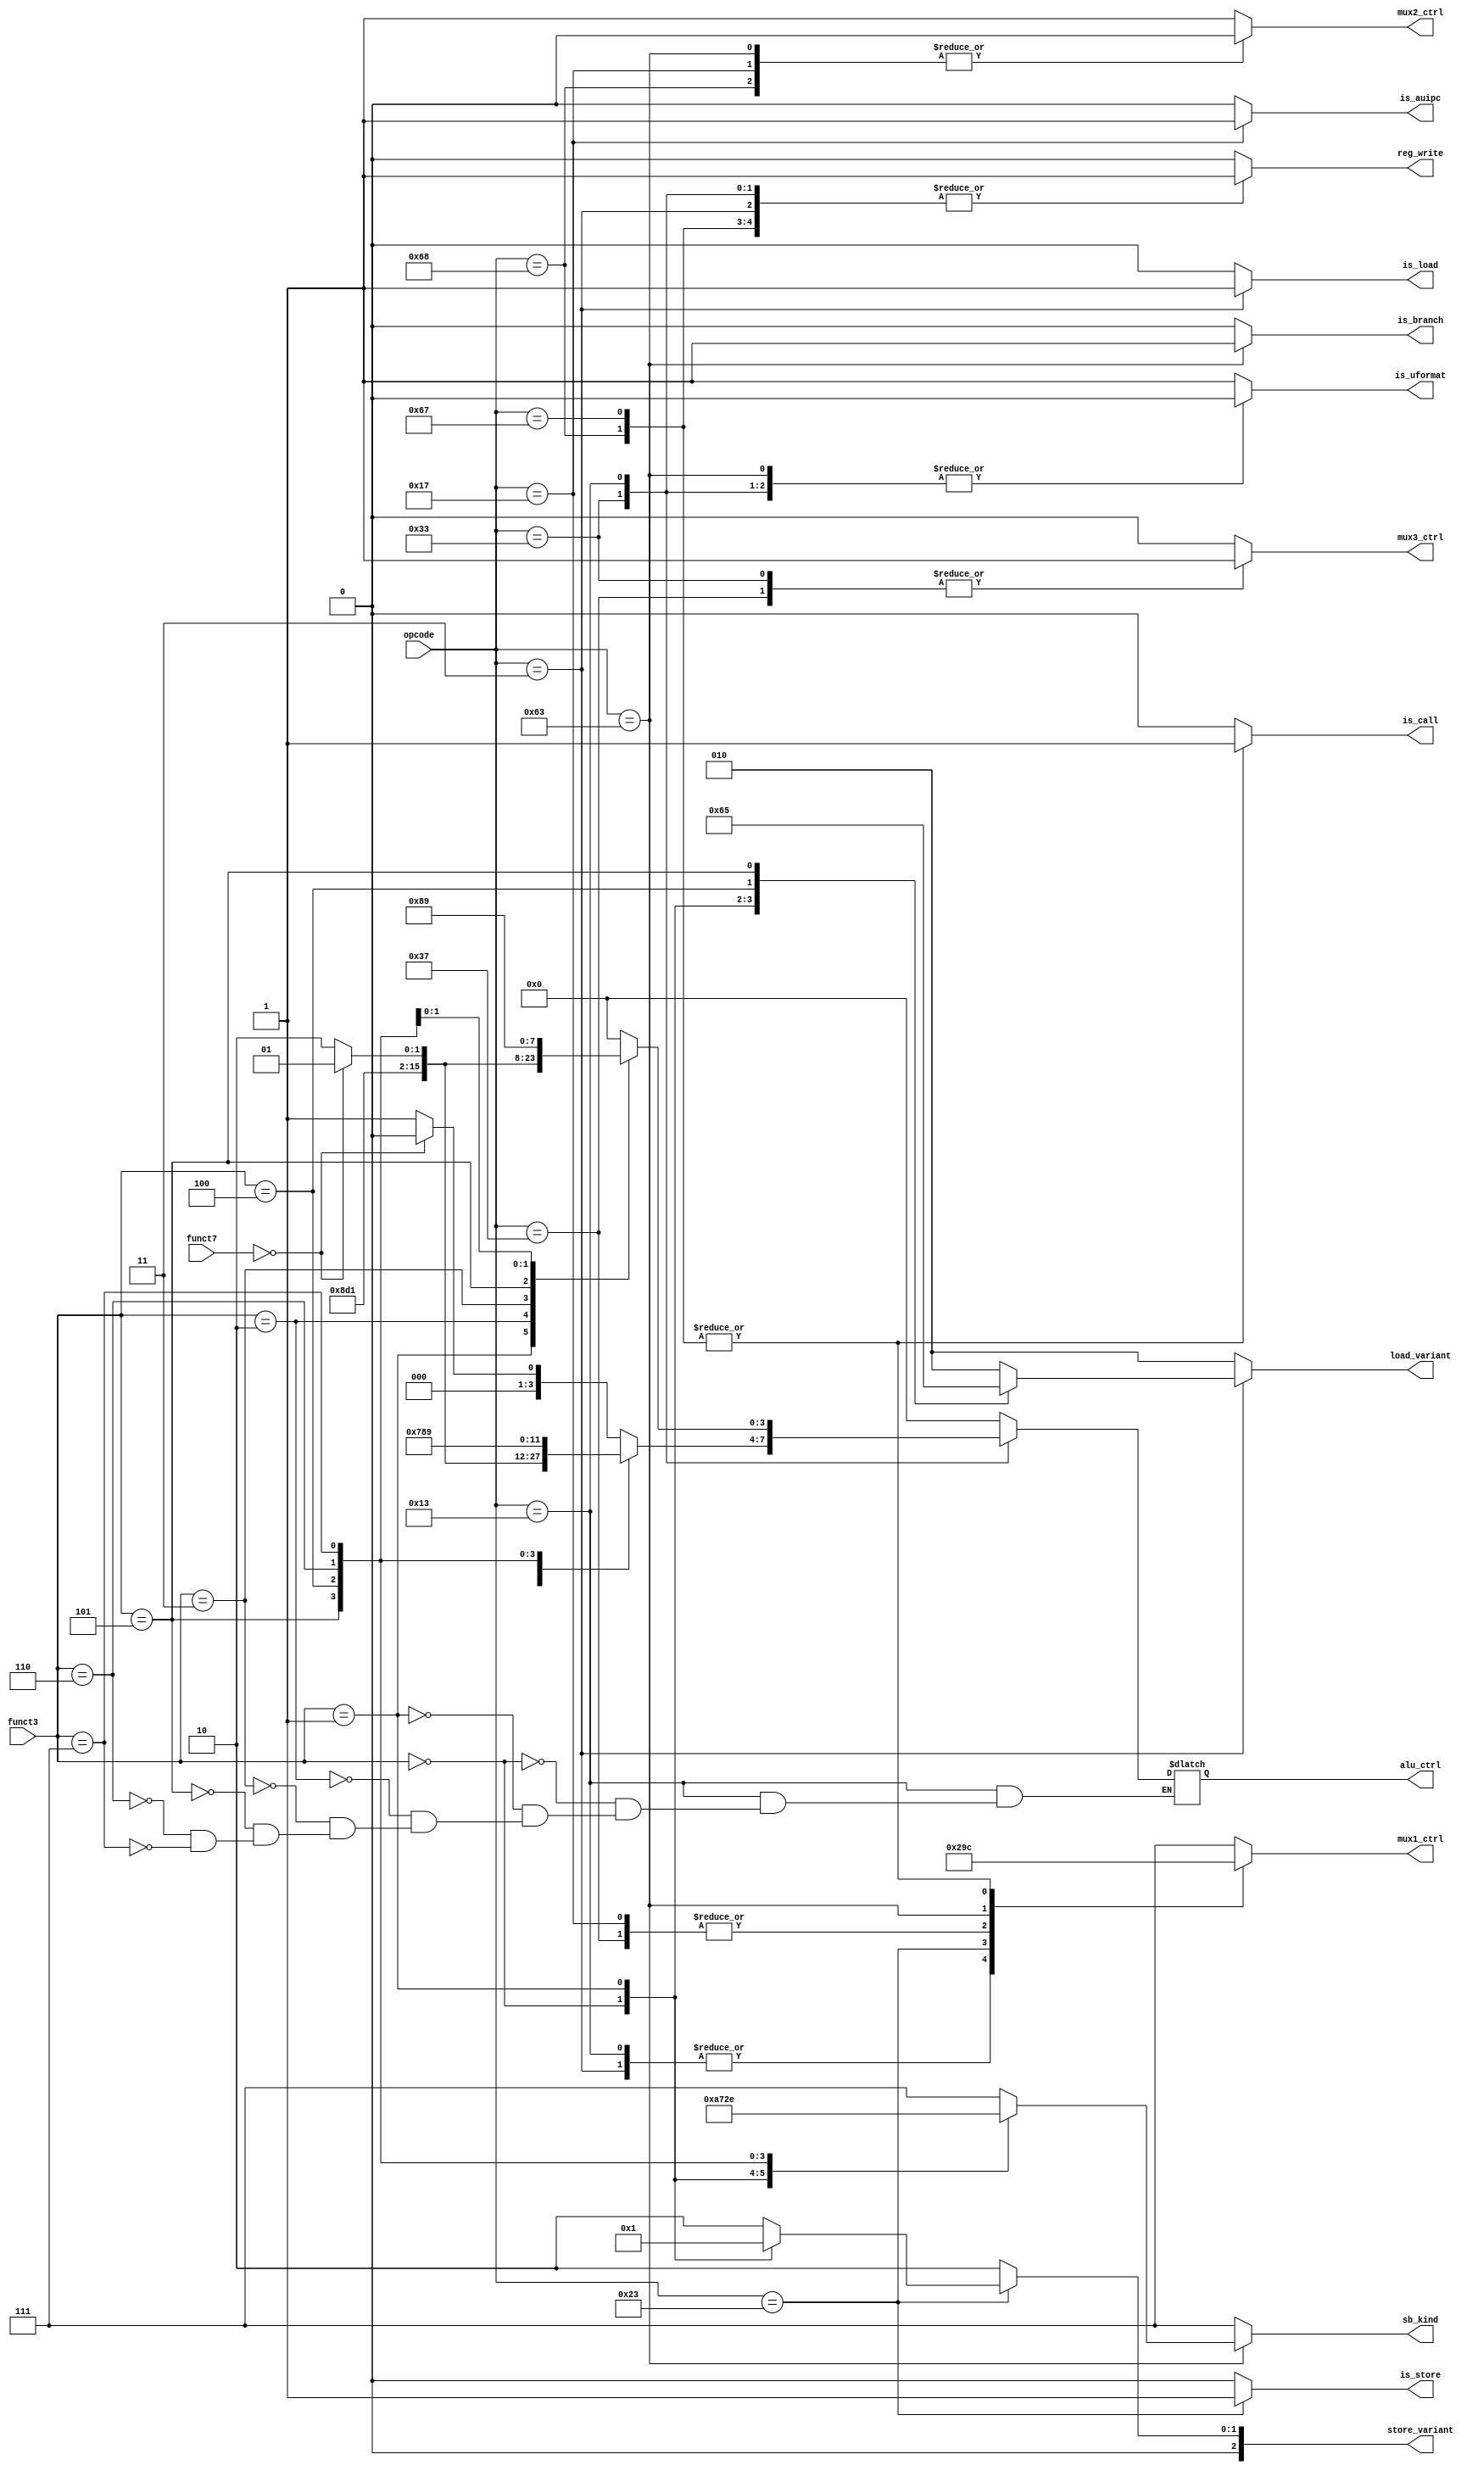
`timescale 1ns / 1ps
//////////////////////////////////////////////////////////////////////////////////
module Controller_main(opcode, funct3, funct7, alu_ctrl, mux2_ctrl, mux3_ctrl, reg_write, is_call, is_branch, is_uformat, is_load, is_store, is_auipc, mux1_ctrl, sb_kind, load_variant, store_variant);
    input [6:0] opcode;
    input [2:0] funct3;
    input [6:0] funct7;
    output reg [3:0] alu_ctrl;
    output reg mux2_ctrl, mux3_ctrl, reg_write, is_call, is_branch, is_uformat, is_load, is_store, is_auipc;
    output reg [2:0] mux1_ctrl, sb_kind, load_variant, store_variant;
                             
    always @(opcode)
        begin
            case (opcode)
                7'b0110011 : begin               // R-type instructions
                             mux1_ctrl = 3'b111;
                             mux2_ctrl = 1'b1;
                             mux3_ctrl = 1'b1;
                             is_branch = 1'b0;
                             is_uformat = 1'b0;
                             sb_kind = 3'b111;   // No branch is taken
                             is_load = 1'b0;
                             is_store = 1'b0;
                             is_call = 1'b0;
                             reg_write = 1'b1;
                             is_auipc = 1'b0;
                             load_variant = 3'b010;
                             store_variant = 3'b010;
                            case (funct3)
                                3'b000 : begin 
                                            if (funct7 == 7'b0000000)
                                                alu_ctrl = 4'b0000;  // ALU performing add
                                            else
                                                alu_ctrl = 4'b0001;  // ALU performing sub
                                         end
                                3'b001 : alu_ctrl = 4'b0010;  // ALU performing shift Left Logical
                                3'b010 : alu_ctrl = 4'b0011;  // ALU performing set less than
                                3'b011 : alu_ctrl = 4'b0100;  // ALU performing sltu
                                3'b101 : if (funct7 == 7'b0000000)
                                            alu_ctrl = 4'b0101;  // ALU performing shift right Logical
                                         else 
                                            alu_ctrl = 4'b0110;  // ALU performing shift right arithmetic
                                3'b100 : alu_ctrl = 4'b0111;  // ALU performing xor
                                3'b110 : alu_ctrl = 4'b1000;  // ALU performing or
                                3'b111 : alu_ctrl = 4'b1001;  // ALU performing and
                             endcase
                             end
                7'b0010011 : begin               // I-type_Arithmetic and Logical instructions
                             mux1_ctrl = 3'b000;
                             mux2_ctrl = 1'b1;
                             mux3_ctrl = 1'b0;
                             is_branch = 1'b0;
                             is_uformat = 1'b0;
                             sb_kind = 3'b111;   // No conditional_branch is taken
                             is_load = 1'b0;
                             is_store = 1'b0;
                             is_call = 1'b0;
                             reg_write = 1'b1;
                             is_auipc = 1'b0;
                             load_variant = 3'b010;
                             store_variant = 3'b010;
                            case (funct3)
                                3'b000 : alu_ctrl = 4'b0000;
                                3'b001 : alu_ctrl = 4'b0010;
                                3'b010 : alu_ctrl = 4'b0011;
                                3'b011 : alu_ctrl = 4'b0100;
                                3'b101 : if (funct7 == 7'b0000000)
                                            alu_ctrl = 4'b0101;
                                         else
                                            alu_ctrl = 4'b0110;
                                3'b110 : alu_ctrl = 4'b1000;
                                3'b111 : alu_ctrl = 4'b1001;
                            endcase
                            end
                7'b0000011 : begin              // I_Type_Load Instructions
                             mux1_ctrl = 3'b000;
                             mux2_ctrl = 1'b1;
                             mux3_ctrl = 1'b0;
                             is_branch = 1'b0;
                             is_uformat = 1'b0;
                             sb_kind = 3'b111;   // No conditional_branch is taken
                             is_load = 1'b1;
                             is_store = 1'b0;
                             is_call = 1'b0;
                             reg_write = 1'b1;
                             alu_ctrl = 4'b0000;
                             is_auipc = 1'b0;
                             store_variant = 3'b010;
                             case (funct3)
                                3'b000 : load_variant = 3'b000;
                                3'b001 : load_variant = 3'b001;
                                3'b010 : load_variant = 3'b010;
                                3'b100 : load_variant = 3'b100;
                                3'b101 : load_variant = 3'b101;
                                default : load_variant = 3'b010;
                             endcase
                             end
                7'b0100011 : begin                  // Store_S_Type Instructions
                             mux1_ctrl = 3'b001;
                             mux2_ctrl = 1'b1;
                             mux3_ctrl = 1'b0;
                             is_branch = 1'b0;
                             is_uformat = 1'b0;
                             sb_kind = 3'b111;   // No conditional_branch is taken
                             is_load = 1'b0;
                             is_store = 1'b1;
                             is_call = 1'b0;
                             reg_write = 1'b0;
                             alu_ctrl = 4'b0000;
                             is_auipc = 1'b0;
                             load_variant = 3'b010;
                             case (funct3)
                                3'b000 : store_variant = 3'b000;
                                3'b001 : store_variant = 3'b001;
                                3'b010 : store_variant = 3'b010;
                                default : store_variant = 3'b010;
                             endcase 
                             end
                7'b0110111 : begin                  // U Type_LUI
                             mux1_ctrl = 3'b010;
                             mux2_ctrl = 1'b1;      // These control signal doesnot matter
                             mux3_ctrl = 1'b1;      // These control signal doesnot matter
                             is_branch = 1'b0;
                             is_uformat = 1'b1;
                             sb_kind = 3'b111;   // No conditional_branch is taken
                             is_load = 1'b0;
                             is_store = 1'b0;
                             is_call = 1'b0;
                             reg_write = 1'b1;
                             alu_ctrl = 4'b0000;   // These control signal doesnot matter
                             is_auipc = 1'b0;
                             load_variant = 3'b010;
                             store_variant = 3'b010;
                             end
                7'b0010111 : begin                  // U Type_AUIPC
                             mux1_ctrl = 3'b010;
                             mux2_ctrl = 1'b0;      
                             mux3_ctrl = 1'b0;      
                             is_branch = 1'b0;
                             is_uformat = 1'b0;
                             sb_kind = 3'b111;   // No conditional_branch is taken
                             is_load = 1'b0;
                             is_store = 1'b0;
                             is_call = 1'b0;
                             reg_write = 1'b0;
                             alu_ctrl = 4'b0000;
                             is_auipc = 1'b1;
                             load_variant = 3'b010;
                             store_variant = 3'b010;
                             end
                7'b1100011 : begin                  // SB Type instructions
                             mux1_ctrl = 3'b011;
                             mux2_ctrl = 1'b0;      // These control signal doesnot matter
                             mux3_ctrl = 1'b0;      // These control signal doesnot matter
                             is_branch = 1'b1;      
                             is_uformat = 1'b0;
                             is_load = 1'b0;
                             is_store = 1'b0;
                             is_call = 1'b0;
                             reg_write = 1'b0;
                             alu_ctrl = 4'b0000;
                             is_auipc = 1'b0;
                             load_variant = 3'b010;
                             store_variant = 3'b010;
                            case (funct3)
                                3'b000 : sb_kind = 3'b001;  // BEQ -- Check if equal
                                3'b001 : sb_kind = 3'b010;  // BNE -- Check if not-equal
                                3'b101 : sb_kind = 3'b011;  // BGE -- Check if greater or equal
                                3'b100 : sb_kind = 3'b100;  // BLT -- Check if less than
                                3'b110 : sb_kind = 3'b101;  // BLT -- Check if less than unsigned
                                3'b111 : sb_kind = 3'b110;  // BLT -- Check if greater than unsigned
                                default : sb_kind = 3'b111;
                            endcase
                            end
                7'b1101000 : begin                  // UJ Type -- jal
                             mux1_ctrl = 3'b100;
                             mux2_ctrl = 1'b0;      
                             mux3_ctrl = 1'b0;      
                             is_branch = 1'b0;
                             is_uformat = 1'b0;
                             sb_kind = 3'b111;   // No conditional_branch is taken
                             is_load = 1'b0;
                             is_store = 1'b0;
                             is_call = 1'b1;
                             reg_write = 1'b1;
                             alu_ctrl = 4'b0000;
                             is_auipc = 1'b0;
                             load_variant = 3'b010;
                             store_variant = 3'b010;
                             end
                7'b1100111 : begin              // UJ Type -- jalr
                             mux1_ctrl = 3'b100;
                             mux2_ctrl = 1'b1;      
                             mux3_ctrl = 1'b0;      
                             is_branch = 1'b0;
                             is_uformat = 1'b0;
                             sb_kind = 3'b111;   // No conditional_branch is taken
                             is_load = 1'b0;
                             is_store = 1'b0;
                             is_call = 1'b1;
                             reg_write = 1'b1;
                             alu_ctrl = 4'b0000;
                             is_auipc = 1'b0;
                             load_variant = 3'b010;
                             store_variant = 3'b010;
                             end
                default : begin              
                             mux1_ctrl = 3'b111;
                             mux2_ctrl = 1'b1;      
                             mux3_ctrl = 1'b0;      
                             is_branch = 1'b0;
                             is_uformat = 1'b1;
                             sb_kind = 3'b111;   // No conditional_branch is taken
                             is_load = 1'b0;
                             is_store = 1'b0;
                             is_call = 1'b0;
                             reg_write = 1'b0;
                             alu_ctrl = 4'b0000;
                             is_auipc = 1'b0;
                             load_variant = 3'b010;
                             store_variant = 3'b010;
                             end
                endcase         
        end
endmodule